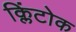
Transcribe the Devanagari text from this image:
क्लिंटोक